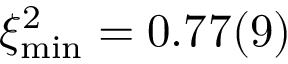
\ensuremath { \ensuremath { \xi ^ { 2 } } _ { \mathrm { m i n } } } = \ensuremath { 0 . 7 7 ( 9 ) }